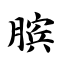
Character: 膑